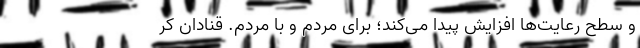
و سطح رعایت‌ها افزایش پیدا می‌کند؛ برای مردم و با مردم. قنادان کر